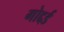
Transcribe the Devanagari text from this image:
गोद्दर्ड